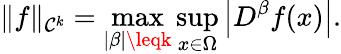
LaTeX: \| f\| _{\mathcal{C}^{k}}=\operatorname*{max}_{|\beta|\leqk}\operatorname*{sup}_{x\in\Omega}\left|D^{\beta}f(x)\right|.